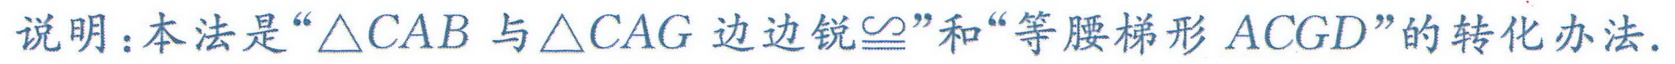
说明：本法是“\(\triangle CAB\)与\(\triangle CAG\) 边边锐\(\cong\)”和“等腰梯形\(ACGD\)”的转化办法.